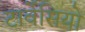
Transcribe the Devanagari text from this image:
टार्वेसियो